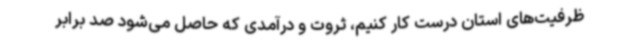
ظرفیت‌های استان درست کار کنیم، ثروت و درآمدی که حاصل می‌شود صد برابر